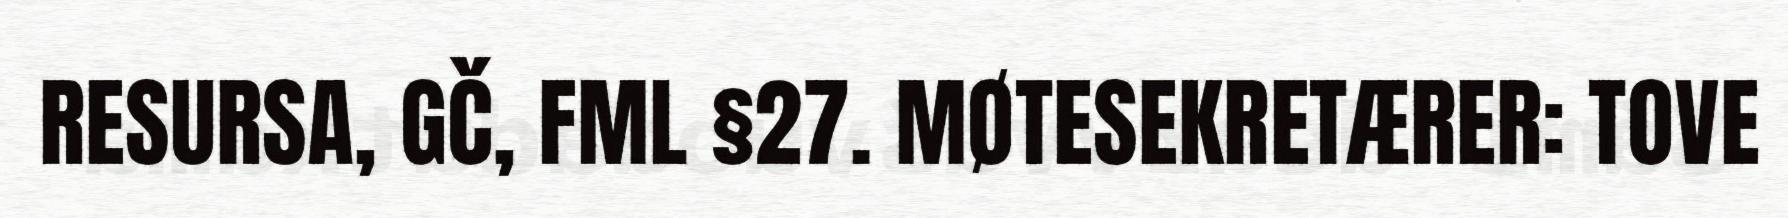
RESURSA, GČ, FML §27. MØTESEKRETÆRER: TOVE